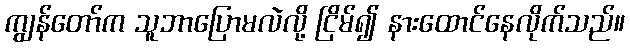
ကျွန်တော်က သူဘာပြောမလဲလို့ ငြိမ်၍ နားထောင်နေလိုက်သည်။